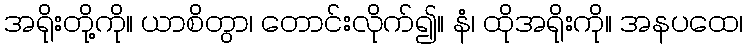
အရိုးတို့ကို။ ယာစိတွာ၊ တောင်းလိုက်၍။ နံ၊ ထိုအရိုးကို။ အနပထေ၊